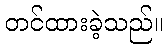
တင်ထားခဲ့သည်။